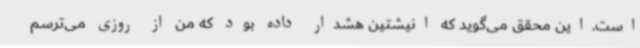
است.این محقق می‌گوید که انیشتین هشدار داده بود که من از روزی می‌ترسم